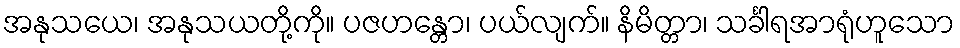
အနုသယေ၊ အနုသယတို့ကို။ ပဇဟန္တော၊ ပယ်လျက်။ နိမိတ္တာ၊ သင်္ခါရအာရုံဟူသော